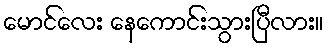
မောင်လေး နေကောင်းသွားပြီလား။